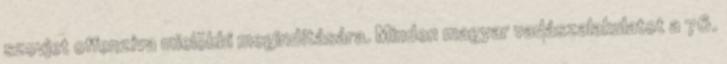
szovjet offenzíva mielõbbi megindítására. Minden magyar vadászalakulatot a 76.